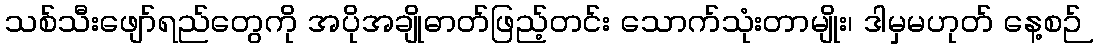
သစ်သီးဖျော်ရည်တွေကို အပိုအချိုဓာတ်ဖြည့်တင်း သောက်သုံးတာမျိုး၊ ဒါမှမဟုတ် နေ့စဉ်